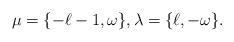
LaTeX: \begin{align*} \mu=\{-\ell-1, \omega \}, \lambda=\{\ell, -\omega\}.\end{align*}